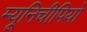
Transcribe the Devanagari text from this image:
म्यूनिचीपियो